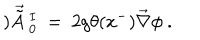
LaTeX: ) \vec { \tilde { A } } ~ _ { 0 } ^ { I } ~ = ~ 2 g \theta ( x ^ { - } ) \vec { \nabla } \phi ~ .